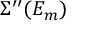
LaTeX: \Sigma ^ { \prime \prime } ( E _ { m } )